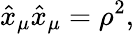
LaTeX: \hat{x}_{\mu}\hat{x}_{\mu}=\rho^{2},